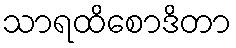
သာရထိစောဒိတာ